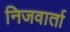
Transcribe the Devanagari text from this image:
निजवार्ता